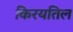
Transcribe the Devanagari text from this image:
किरयतिल